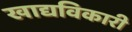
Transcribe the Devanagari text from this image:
खाद्यविकारी